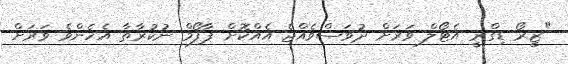
"ޒީރޯ ޑިގްރީ އެޓޯލް ވަރަށް ދުވަސްވެއްޖެ އެއްކޮށް ޕާފޯމް ނުކުރާތާ އެހެންވެ ވަރަށް